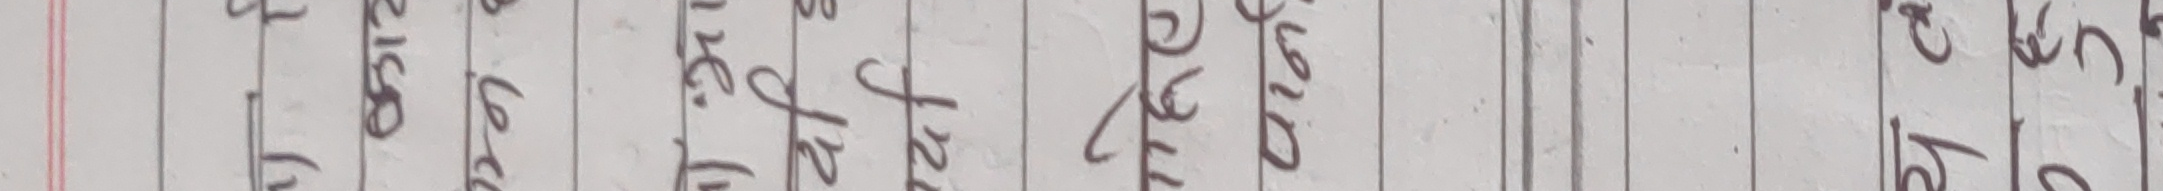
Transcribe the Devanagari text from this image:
चरित्र परिशिष्ट अनुक्रमणिका कविता पात्र योजना